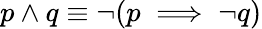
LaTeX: p\wedge q\equiv\neg(p\implies\neg q)